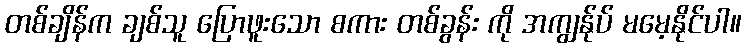
တစ်ချိန်က ချစ်သူ ပြောဖူးသော စကား တစ်ခွန်း ကို အကျွန်ုပ် မမေ့နိုင်ပါ။